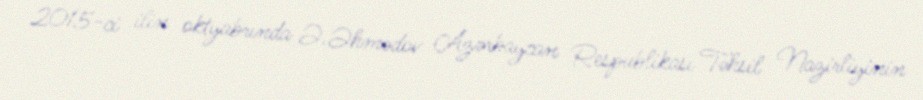
2015-ci ilin oktyabrında Ə.Əhmədov Azərbaycan Respublikası Təhsil Nazirliyinin